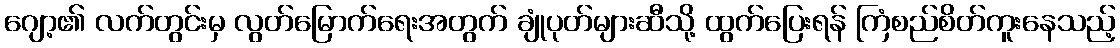
ဂျော့၏ လက်တွင်းမှ လွတ်မြောက်ရေးအတွက် ချုံပုတ်များဆီသို့ ထွက်ပြေးရန် ကြံစည်စိတ်ကူးနေသည့်